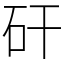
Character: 矸